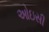
ઓઇસી